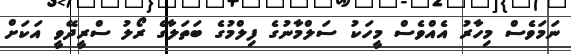
ނަަމަވެސް މިހާރު އެއްވެސް މީހަކު ސަލްމާނުގެ ފިލްމުގެ ބަތަލާގެ ރޯލު ސްރީދޭވީ އަކަށް